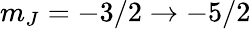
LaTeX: m_{J}=-3/2\rightarrow-5/2